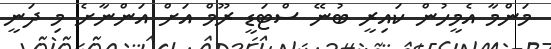
މަންމާ އެމީހުން ކައިރީ ބުނޭ ސްޓަޑީ ރޫމް އަށް އަންނާށެ މި ދަނީ